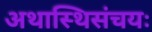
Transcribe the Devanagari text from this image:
अथास्थिसंचयः